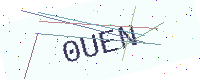
Text: 0UEN